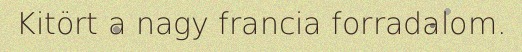
Kitört a nagy francia forradalom.